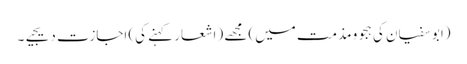
(ابو سفیان کی ہجو و مذمت میں) مجھے (اشعار کہنے کی) اجازت دیجیے۔